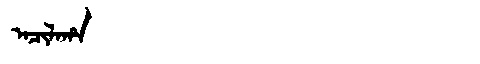
Manchu: ᠠᠴᡳᠯᠠᡥᠠ
Romanization: ACILAHA